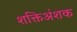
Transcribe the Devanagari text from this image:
शक्तिअंशक